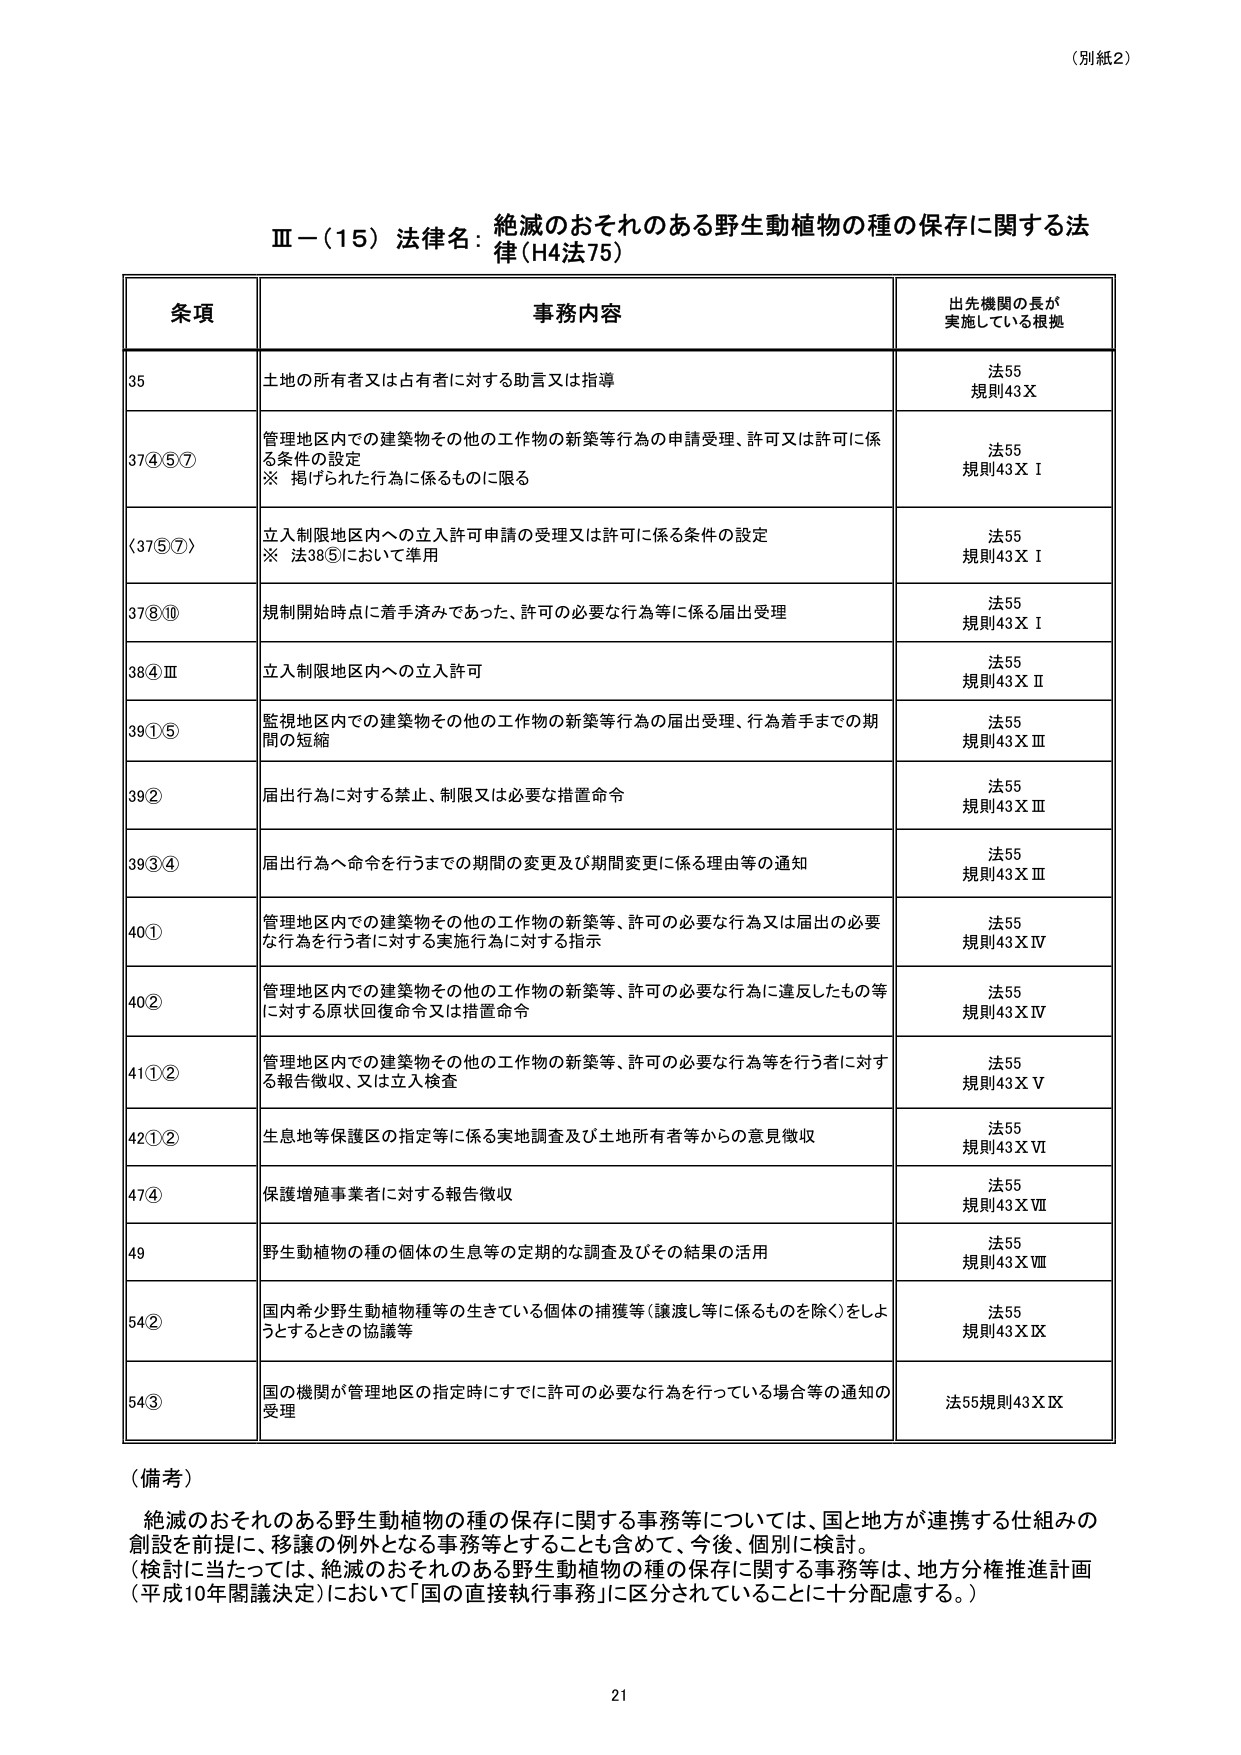
（別紙2）

Ⅲ－（15）法律名：絶滅のおそれのある野生動植物の種の保存に関する法律（H4法75）

条項 事務内容 出先機関の長が実施している根拠

35 土地の所有者又は占有者に対する助言又は指導 法55 規則43Ｘ

37④⑤⑦ 管理地区内での建築物その他の工作物の新築等行為の申請受理、許可又は許可に係る条件の設定 ※ 掲げられた行為に係るものに限る 法55 規則43ＸⅠ

〈37⑤⑦〉 立入制限地区内への立入許可申請の受理又は許可に係る条件の設定 ※ 法38⑤において準用 法55 規則43ＸⅠ

37⑧⑩ 規制開始時点に着手済みであった、許可の必要な行為等に係る届出受理 法55 規則43ＸⅠ

38④Ⅲ 立入制限地区内への立入許可 法55 規則43ＸⅡ

39①⑤ 監視地区内での建築物その他の工作物の新築等行為の届出受理、行為着手までの期間の短縮 法55 規則43ＸⅢ

39② 届出行為に対する禁止、制限又は必要な措置命令 法55 規則43ＸⅢ

39③④ 届出行為へ命令を行うまでの期間の変更及び期間変更に係る理由等の通知 法55 規則43ＸⅢ

40① 管理地区内での建築物その他の工作物の新築等、許可の必要な行為又は届出の必要な行為を行う者に対する実施行為に対する指示 法55 規則43ＸⅣ

40② 管理地区内での建築物その他の工作物の新築等、許可の必要な行為に違反したもの等に対する原状回復命令又は措置命令 法55 規則43ＸⅣ

41①② 管理地区内での建築物その他の工作物の新築等、許可の必要な行為等を行う者に対する報告徴収、又は立入検査 法55 規則43ＸⅤ

42①② 生息地等保護区の指定等に係る実地調査及び土地所有者等からの意見徴収 法55 規則43ＸⅥ

47④ 保護増殖事業者に対する報告徴収 法55 規則43ＸⅦ

49 野生動植物の種の個体の生息等の定期的な調査及びその結果の活用 法55 規則43ＸⅧ

54② 国内希少野生動植物種等の生きている個体の捕獲等（譲渡し等に係るものを除く）をしようとするときの協議等 法55 規則43ＸⅨ

54③ 国の機関が管理地区の指定時にすでに許可の必要な行為を行っている場合等の通知の受理 法55規則43ＸⅨ

（備考）
絶滅のおそれのある野生動植物の種の保存に関する事務等については、国と地方が連携する仕組みの創設を前提に、移譲の例外となる事務等とすることも含めて、今後、個別に検討。
（検討に当たっては、絶滅のおそれのある野生動植物の種の保存に関する事務等は、地方分権推進計画（平成10年閣議決定）において「国の直接執行事務」に区分されていることに十分配慮する。）

21